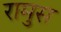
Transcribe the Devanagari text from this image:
रामुस